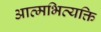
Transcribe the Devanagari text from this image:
आत्मभिव्यक्ति